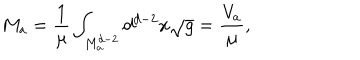
M _ { a } = \frac { 1 } { \mu } \int _ { M _ { a } ^ { d - 2 } } d ^ { d - 2 } x \sqrt { g } = \frac { V _ { a } } { \mu } ,